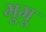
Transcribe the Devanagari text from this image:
मूमू